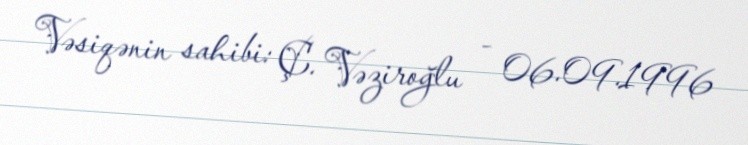
Vəsiqənin sahibi: Ç. Vəziroğlu - 06.09.1996